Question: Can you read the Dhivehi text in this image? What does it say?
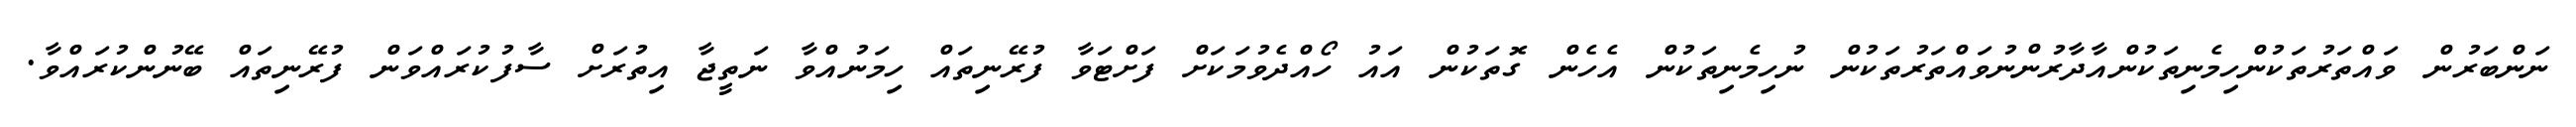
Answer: ނަންބަރުން ވައްތަރުތަކުންހިމެނިތަކުންއާދާރުންނުވައްތަރުތަކުން ނުހިމެނިތަކުން އެހެން ގޮތަކުން އައު ހޯއްދެވުމަކަށް ފަށްޓަވާ ފުރޭނިތައް ހިމަނުއްވާ ނަތީޖާ އިތުރަށް ސާފުކުރައްވަން ފުރޭނިތައް ބޭނުންކުރައްވާ.